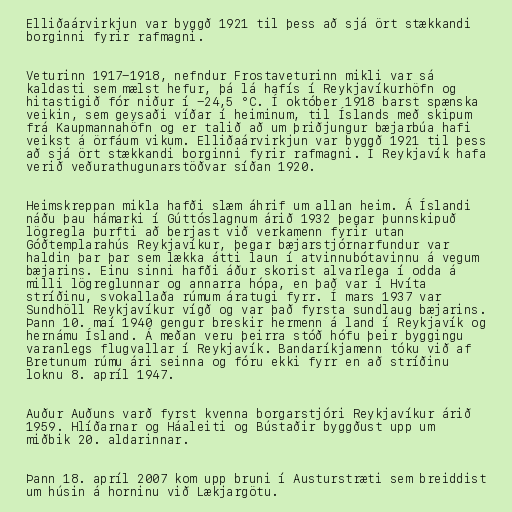
Elliðaárvirkjun var byggð 1921 til þess að sjá ört stækkandi
borginni fyrir rafmagni.

Veturinn 1917-1918, nefndur Frostaveturinn mikli var sá
kaldasti sem mælst hefur, þá lá hafís í Reykjavíkurhöfn og
hitastigið fór niður í -24,5 °C. Í október 1918 barst spænska
veikin, sem geysaði víðar í heiminum, til Íslands með skipum
frá Kaupmannahöfn og er talið að um þriðjungur bæjarbúa hafi
veikst á örfáum vikum. Elliðaárvirkjun var byggð 1921 til þess
að sjá ört stækkandi borginni fyrir rafmagni. Í Reykjavík hafa
verið veðurathugunarstöðvar síðan 1920.

Heimskreppan mikla hafði slæm áhrif um allan heim. Á Íslandi
náðu þau hámarki í Gúttóslagnum árið 1932 þegar þunnskipuð
lögregla þurfti að berjast við verkamenn fyrir utan
Góðtemplarahús Reykjavíkur, þegar bæjarstjórnarfundur var
haldin þar þar sem lækka átti laun í atvinnubótavinnu á vegum
bæjarins. Einu sinni hafði áður skorist alvarlega í odda á
milli lögreglunnar og annarra hópa, en það var í Hvíta
stríðinu, svokallaða rúmum áratugi fyrr. Í mars 1937 var
Sundhöll Reykjavíkur vígð og var það fyrsta sundlaug bæjarins.
Þann 10. maí 1940 gengur breskir hermenn á land í Reykjavík og
hernámu Ísland. Á meðan veru þeirra stóð hófu þeir byggingu
varanlegs flugvallar í Reykjavík. Bandaríkjamenn tóku við af
Bretunum rúmu ári seinna og fóru ekki fyrr en að stríðinu
loknu 8. apríl 1947.

Auður Auðuns varð fyrst kvenna borgarstjóri Reykjavíkur árið
1959. Hlíðarnar og Háaleiti og Bústaðir byggðust upp um
miðbik 20. aldarinnar.

Þann 18. apríl 2007 kom upp bruni í Austurstræti sem breiddist
um húsin á horninu við Lækjargötu.